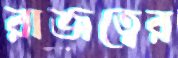
রাজত্বের